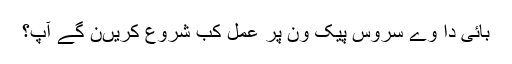
بائی دا وے سروس پیک ون پر عمل کب شروع کریںن گے آپ؟